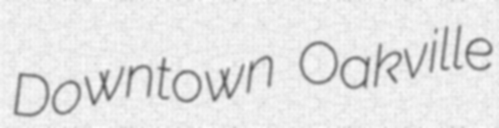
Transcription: Downtown Oakville